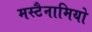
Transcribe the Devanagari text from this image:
मस्टैनामियो